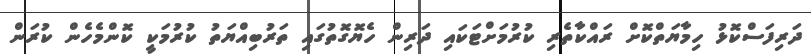
ދަރިފަސްކޮޅު ހިމާޔަތްކޮށް ރައްކާތެރި ކުރުމަށްޓަކައި ދަރިން ހެޔޮގޮތުގައި ތަރުބިއްޔަތު ކުރުމަކީ ކޮންމެހެން ކުރަން